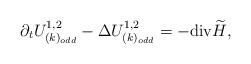
LaTeX: \begin{align*}\partial_{t}U^{1,2}_{(k)_{odd}}-\Delta U^{1,2}_{(k)_{odd}}= -{\rm div}\widetilde H,\end{align*}